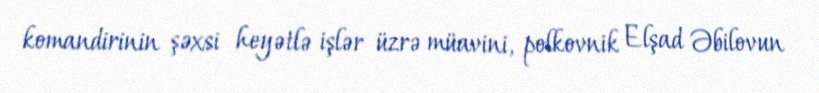
komandirinin şəxsi heyətlə işlər üzrə müavini, polkovnik Elşad Əbilovun